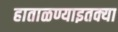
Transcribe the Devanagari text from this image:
हाताळण्याइतक्या